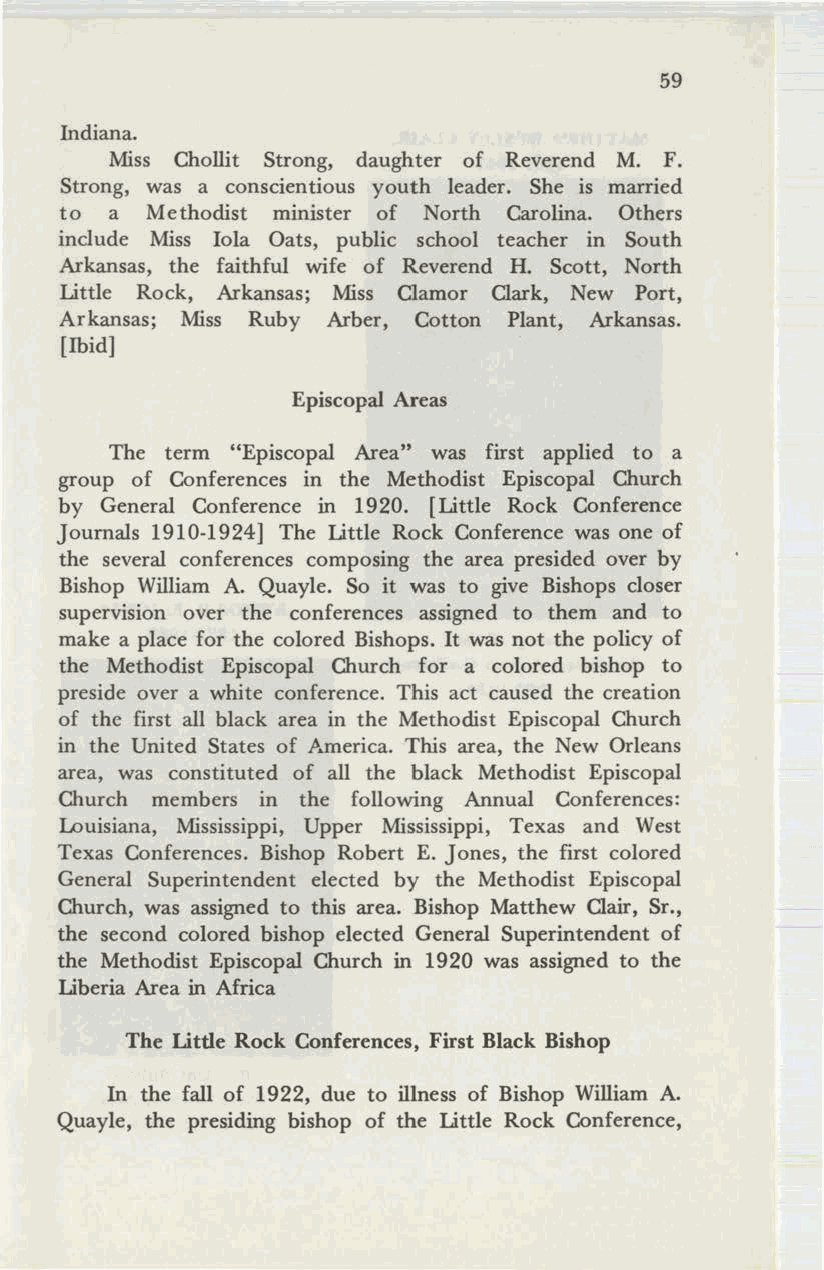
59
 Indiana.
 Miss Chollit Strong, daughter of Reverend M. F.
 Strong, was a conscientious youth leader. She is married
 to a  Methodist minister of North Carolina. Others
 include Miss lola Oats, public school teacher in South
 Arkansas, the faithful wife of Reverend H. Scott, North
 Little Rock, Arkansas; Miss Clamor Clark, New Port,
 Arkansas; Miss Ruby Arber, Cotton Plant, Arkansas.
 [Ibid]
 Episcopal Areas
 The term "Episcopal Area" was first applied to a
 group of Conferences in the Methodist Episcopal Church
 by General Conference in 1920. [Little Rock Conference
 Journals 1910-1924] The Little Rock Conference was one of
 the several conferences composing the area presided over by
 Bishop William A. Quayle. So it was to give Bishops closer
 supervision over the conferences assigned to them and to
 make a place for the colored Bishops. It was not the policy of
 the Methodist Episcopal Church for a colored bishop to
 preside over a white conference. This act caused the creation
 of the first all black area in the Methodist Episcopal Church
 in the United States of America. This area, the New Orleans
 area, was constituted of all the black Methodist Episcopal
 Church members in the following Annual Conferences:
 Louisiana, Mississippi, Upper Mississippi, Texas and West
 Texas Conferences. Bishop Robert E. Jones, the first colored
 General Superintendent elected by the Methodist Episcopal
 Church, was assigned to this area. Bishop Matthew Clair, Sr.,
 the second colored bishop elected General Superintendent of
 the Methodist Episcopal Church in 1920 was assigned to the
 Liberia Area in Africa
 The Little Rock Conferences, First Black Bishop
 In the fall of 1922, due to illness of Bishop William A.
 Quayle, the presiding bishop of the Little Rock Conference,